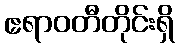
ဧရာဝတီတိုင်းရှိ